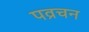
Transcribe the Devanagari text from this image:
पव्रचन